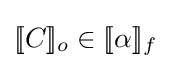
[\![C]\!]_{o}\in [\![\alpha ]\!]_{f}